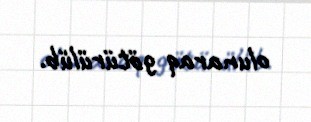
olunaraq götürülüb.